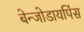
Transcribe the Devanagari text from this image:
बेन्जोडायपिंस